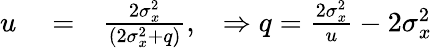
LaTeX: \begin{array}{rlr}{u}&{{}=}&{\frac{2\sigma_{x}^{2}}{(2\sigma_{x}^{2}+q)},\; \; \; \Rightarrow q=\frac{2\sigma_{x}^{2}}{u}-2\sigma_{x}^{2}}\end{array}